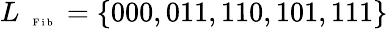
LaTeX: L_{\mathrm{~\tiny~\textnormal~{~F~i~b~}~}}=\{ 000,011,110,101,111\}